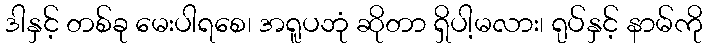
ဒါနှင့် တစ်ခု မေးပါရစေ၊ အရူပဘုံ ဆိုတာ ရှိပါ့မလား၊ ရုပ်နှင့် နာမ်ကို